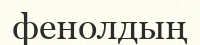
фенолдың